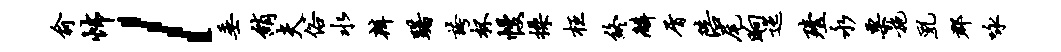
俞怖l垂绡夫俗水辨躇夸杯幔操枉终麟屑陪尾晌迤殪永粟施乳郡咏